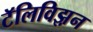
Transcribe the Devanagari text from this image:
टॅलिविझ़न